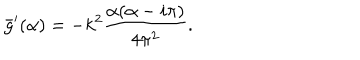
LaTeX: \bar { g } ^ { \prime } ( \alpha ) = - k ^ { 2 } { \frac { \alpha ( \alpha - i \pi ) } { 4 \pi ^ { 2 } } } .